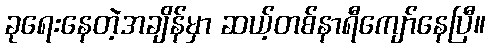
ခုရေးနေတဲ့အချိန်မှာ ဆယ့်တစ်နာရီကျော်နေပြီ။